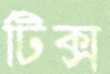
টিক্স